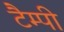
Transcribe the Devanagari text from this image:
टैम्पी